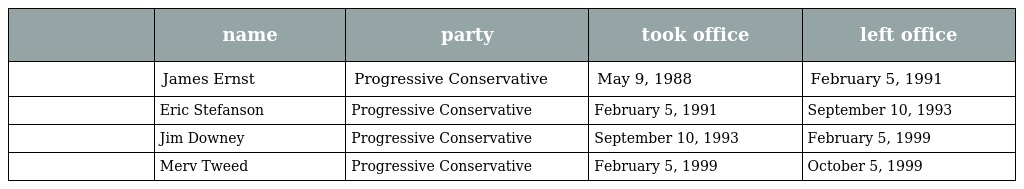
|  | name | party | took office | left office |
 | --- | --- | --- | --- | --- |
 |  | James Ernst | Progressive Conservative | May 9, 1988 | February 5, 1991 |
 |  | Eric Stefanson | Progressive Conservative | February 5, 1991 | September 10, 1993 |
 |  | Jim Downey | Progressive Conservative | September 10, 1993 | February 5, 1999 |
 |  | Merv Tweed | Progressive Conservative | February 5, 1999 | October 5, 1999 |